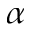
\alpha